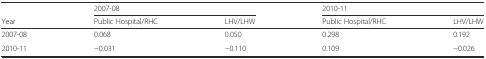
<table><thead><tr><td></td><td colspan="2"><b>2007-08</b></td><td colspan="2"><b>2010-11</b></td></tr><tr><td><b>Year</b></td><td><b>Public Hospital/RHC</b></td><td><b>LHV/LHW</b></td><td><b>Public Hospital/RHC</b></td><td><b>LHV/LHW</b></td></tr></thead><tbody><tr><td>2007-08</td><td>0.068</td><td>0.050</td><td>0.298</td><td>0.192</td></tr><tr><td>2010-11</td><td>−0.031</td><td>−0.110</td><td>0.109</td><td>−0.026</td></tr></tbody></table>